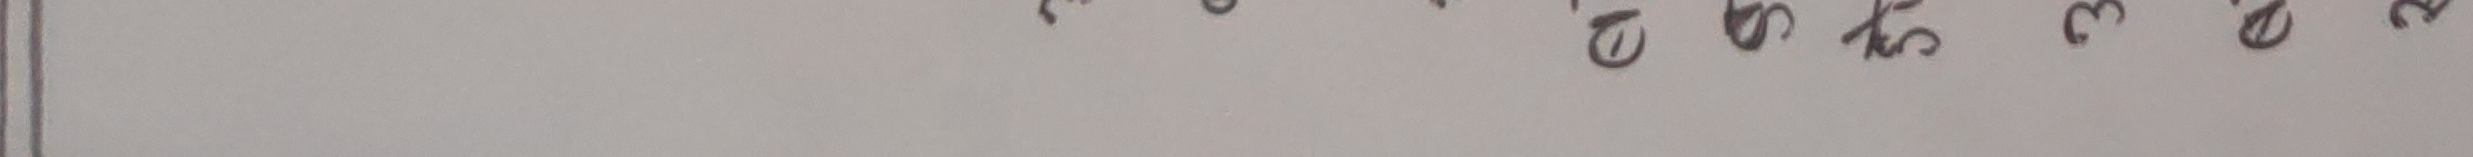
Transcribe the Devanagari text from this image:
५६३२४